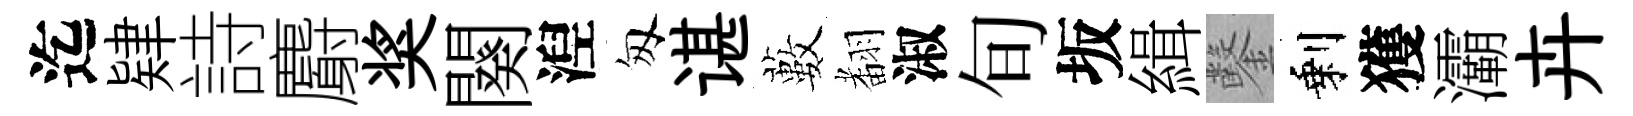
迄肄詩麝奖闋湼匆谌藪𮋒淑旬坂緝鑿剩獲灞卉